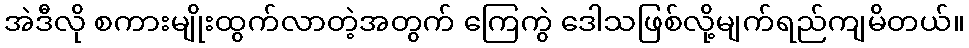
အဲဒီလို စကားမျိုးထွက်လာတဲ့အတွက် ကြေကွဲ ဒေါသဖြစ်လို့မျက်ရည်ကျမိတယ်။